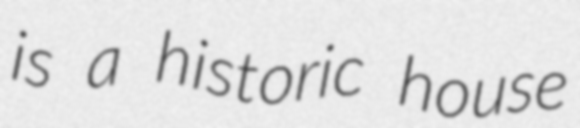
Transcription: is a historic house